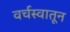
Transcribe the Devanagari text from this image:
वर्चस्वातून